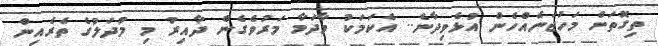
ތިގޮތަށް މަހުޖަނެއްހެން އުޅެވިދާނެ.. އެކަމަކު މާދަމާ މަރުވެގެން ދާއިރު މި މުދަލުގެ ތެރެއިން